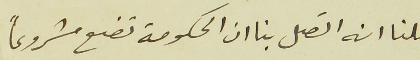
قلنا انه اتصل بنا ان الحكومة تضع مشروعاً